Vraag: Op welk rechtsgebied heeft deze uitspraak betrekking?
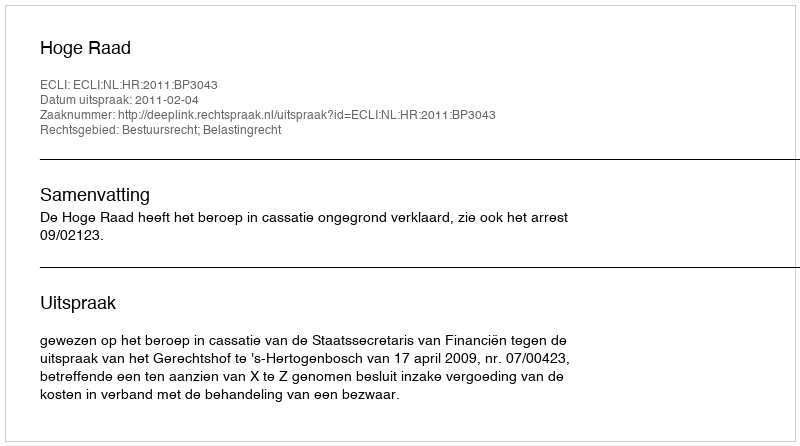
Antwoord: Bestuursrecht; Belastingrecht